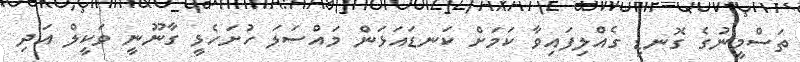
ތަސްމީނުގެ ގޮނޑި ގެއްލިފައިވާ ކަމަށް ކަނޑައަޅަން މައްސަލަ ހުށަހެޅީ ގާނޫނީ ވަކީލް އަދި